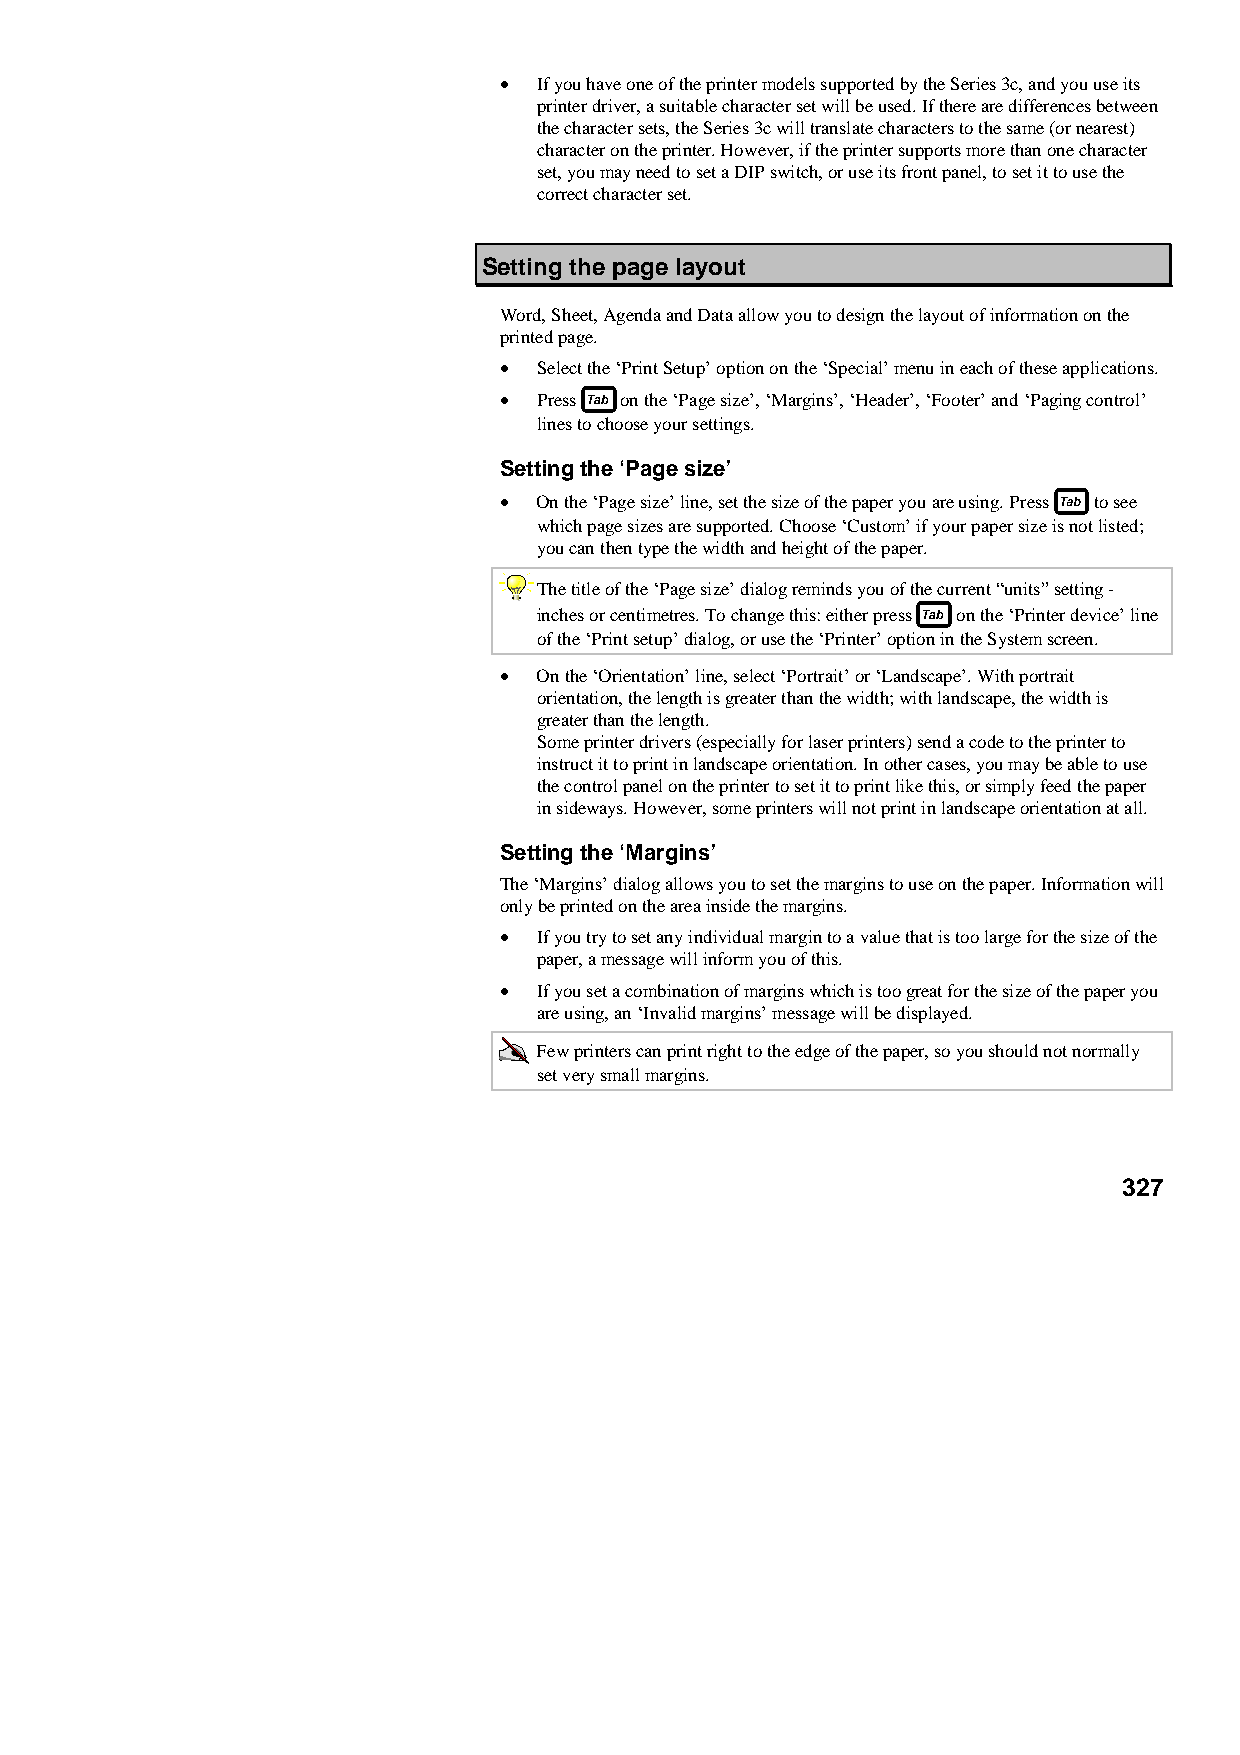
•  If you have one of the printer models supported by the Series 3c, and you use its
 printer driver, a suitable character set will be used. If there are differences between
 the character sets, the Series 3c will translate characters to the same (or nearest)
 character on the printer. However, if the printer supports more than one character
 set, you may need to set a DIP switch, or use its front panel, to set it to use the
 correct character set.
 Setting the page layout
 Word, Sheet, Agenda and Data allow you to design the layout of information on the
 printed page.
 •  Select the ‘Print Setup’ option on the ‘Special’ menu in each of these applications.
 •  Press on the ‘Page size’, ‘Margins’, ‘Header’, ‘Footer’ and ‘Paging control’
 lines to choose your settings.
 Setting the ‘Page size’
 •  On the ‘Page size’ line, set the size of the paper you are using. Press to see
 which page sizes are supported. Choose ‘Custom’ if your paper size is not listed;
 you can then type the width and height of the paper.
 The title of the ‘Page size’ dialog reminds you of the current “units” setting -
 inches or centimetres. To change this: either press on the ‘Printer device’ line
 of the ‘Print setup’ dialog, or use the ‘Printer’ option in the System screen.
 •  On the ‘Orientation’ line, select ‘Portrait’ or ‘Landscape’. With portrait
 orientation, the length is greater than the width; with landscape, the width is
 greater than the length.
 Some printer drivers (especially for laser printers) send a code to the printer to
 instruct it to print in landscape orientation. In other cases, you may be able to use
 the control panel on the printer to set it to print like this, or simply feed the paper
 in sideways. However, some printers will not print in landscape orientation at all.
 Setting the ‘Margins’
 The ‘Margins’ dialog allows you to set the margins to use on the paper. Information will
 only be printed on the area inside the margins.
 •  If you try to set any individual margin to a value that is too large for the size of the
 paper, a message will inform you of this.
 •  If you set a combination of margins which is too great for the size of the paper you
 are using, an ‘Invalid margins’ message will be displayed.
 Few printers can print right to the edge of the paper, so you should not normally
 set very small margins.
 327